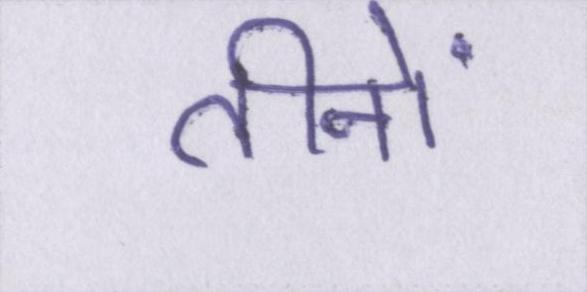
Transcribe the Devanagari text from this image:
तीनों